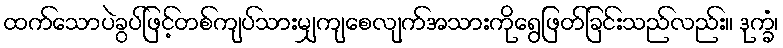
ထက်သောပဲခွပ်ဖြင့်တစ်ကျပ်သားမျှကျစေလျက်အသားကိုရွေဖြတ်ခြင်းသည်လည်း။ ဒုက္ခံ၊